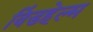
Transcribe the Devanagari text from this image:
विंडहेल्म